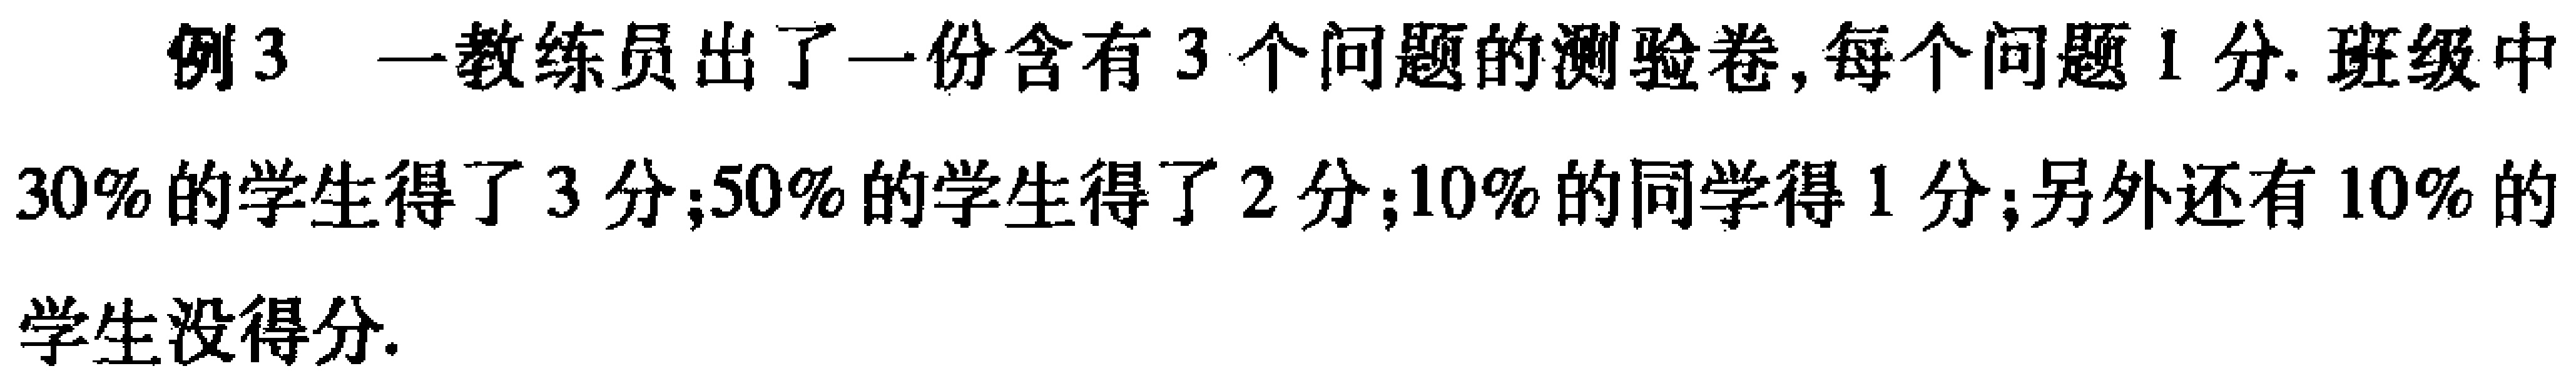
例3 一教练员出了一份含有3个问题的测验卷,每个问题1分.班级中

30%的学生得了3分;50%的学生得了2分;10%的同学得1分;另外还有10%的

学生没得分.